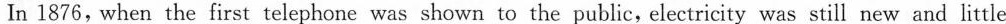
In 1876, when the first telephone was shown to the public,electricity was still new and little